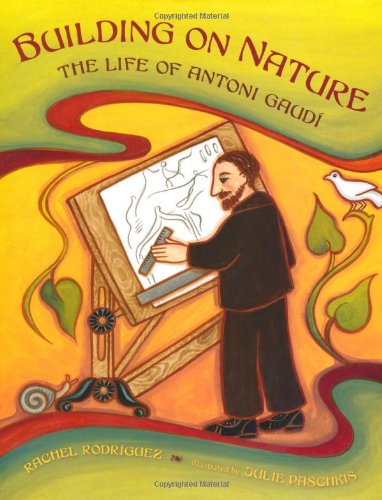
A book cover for Building on Nature: The Life of Antoni Gaudi; Rachel Victoria Rodriguez; Children's Books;